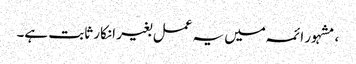
، مشہور ائمہ میں یہ عمل بغیر انکار ثابت ہے۔